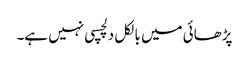
پڑھائی میں بالکل دلچسپی نہیں ہے۔